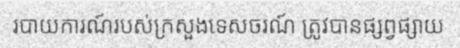
របាយការណ៍របស់ក្រសួងទេសចរណ៍ ត្រូវបានផ្សព្វផ្សាយ